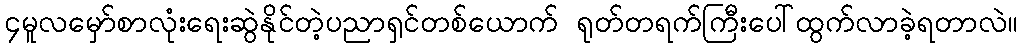
၄မူလမှော်စာလုံးရေးဆွဲနိုင်တဲ့ပညာရှင်တစ်ယောက် ရုတ်တရက်ကြီးပေါ်ထွက်လာခဲ့ရတာလဲ။